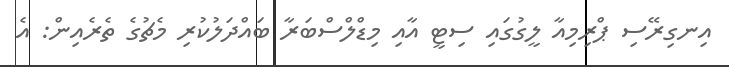
އިނގިރޭސި ޕްރިމިއާ ލީގުގައި ސިޓީ އާއި މިޑްލްސްބަރާ ބައްދަލުކުރި މެޗުގެ ތެރެއިން: އެ